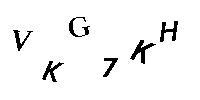
VKG7KH